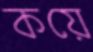
কয়ে